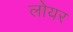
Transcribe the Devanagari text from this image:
लोयर